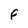
Character: F